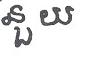
នួយ